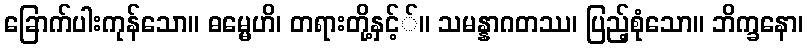
ခြောက်ပါးကုန်သော။ ဓမ္မေဟိ၊ တရားတို့နှင့််။ သမန္နာဂတဿ၊ ပြည့်စုံသော။ ဘိက္ခနော၊